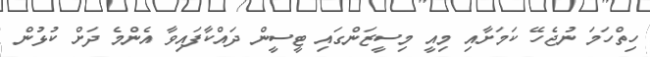
ހިތްހަމަ ނުޖެހޭ ކަމަށާއި މިއީ މިސީޒަންގައި ޓީސީން ދައްކާފައިވާ އެންމެ ދަށް ކުޅުން